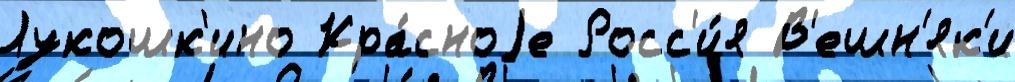
Лукошк'ино Кра́сноjе Росс'и́я В'ешн'як'и